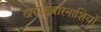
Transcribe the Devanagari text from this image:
खरपतवारनाशियों